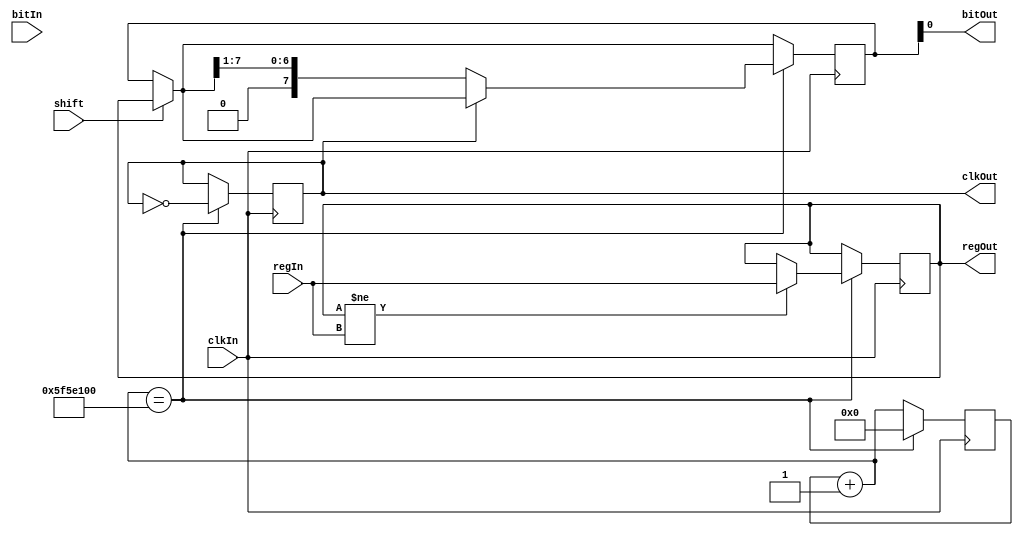
module GenRegister(
    input clkIn,
    output clkOut,
    input [7:0] regIn,
    output [7:0] regOut,
    input bitIn,
    input shift,
    output bitOut
    );
    reg [27:0] counter=0;
    reg flag=0;
    reg [7:0]data=0;// for parallel output
    reg [7:0]data1=0;// for serial output
    
    //always@(regIn)begin //Data copy when input changes
    //    data=regIn;
    //end
    
    always@(posedge clkIn)begin //Clock Divider
    
    if(shift==1)begin
        data1=data;
    end
    
    counter = counter + 1;
    if(counter==100000000)begin
        counter = 0;
        flag = !flag;
        
        if(data!=regIn) //Data ressignment
                data=regIn;
                
        if(flag==1)begin
                        
            data1=data1>>1;
        end
    end
              
    end
    
    //always@(posedge flag)begin //Data right shift when flag triggers
        
    //    data=data>>1;
    //end
    
    assign regOut = data; // links variable to output
    assign clkOut = flag;
    assign bitOut = data1[0]; 
    
endmodule